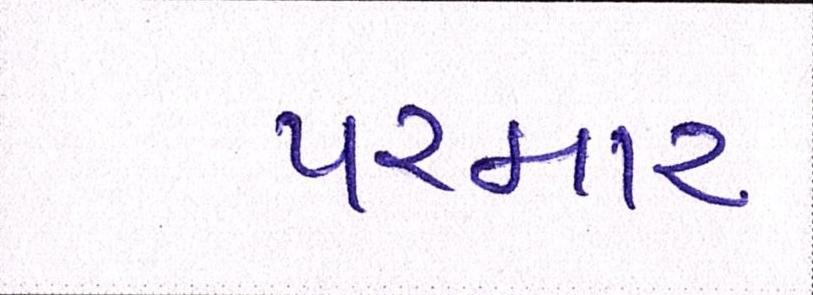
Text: પરમાર